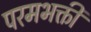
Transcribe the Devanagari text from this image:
परमभक्ती